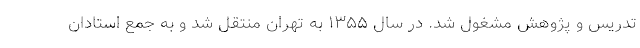
تدریس و پژوهش مشغول شد. در سال ۱۳۵۵ به تهران منتقل شد و به جمع استادان